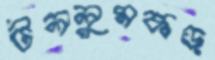
টললুমকড়